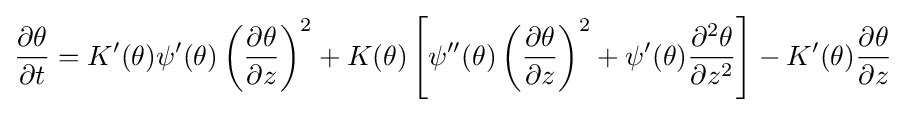
{\frac {\partial \theta }{\partial t}}=K'(\theta )\psi '(\theta )\left({\frac {\partial \theta }{\partial z}}\right)^{2}+K(\theta )\left[\psi ''(\theta )\left({\frac {\partial \theta }{\partial z}}\right)^{2}+\psi '(\theta ){\frac {\partial ^{2}\theta }{\partial z^{2}}}\right]-K'(\theta ){\frac {\partial \theta }{\partial z}}